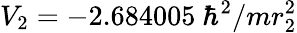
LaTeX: V_{2}=-2.684005~\hbar^{2}/mr_{2}^{2}